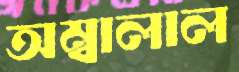
অম্বালাল